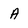
Character: A